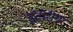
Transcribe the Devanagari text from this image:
इंटीरीयर